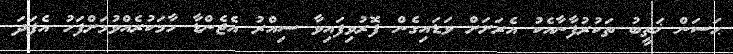
ޙަސަން ޚަތީބު ތަކުރުފާނާއެކު އެރަށަށް ވަޑައިގެން ފޮރުވިފައިވާ ސިއްރު އެޖެންޑާ ހާމަކުރެއްވުމަށްފަހު އެފަދަ